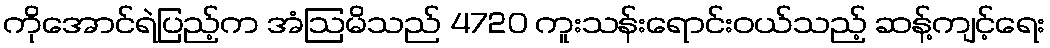
ကိုအောင်ရဲပြည့်က အံဩမိသည် 4720 ကူးသန်းရောင်းဝယ်သည့် ဆန့်ကျင့်ရေး